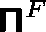
\boldsymbol { \mathsf { \Pi } } ^ { F }